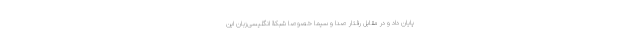
پایان داد و در مقابل رفتار صدا و سیما خصوصا شبکۀ انگلیسی‌زبان این